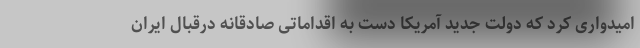
امیدواری کرد که دولت جدید آمریکا دست به اقداماتی صادقانه درقبال ایران